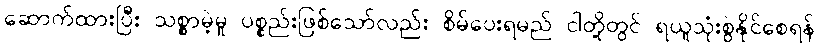
ဆောက်ထားပြီး သစ္စာမဲ့မှု ပစ္စည်းဖြစ်သော်လည်း စိမ်ပေးရမည် ငါတို့တွင် ရယူသုံးစွဲနိုင်စေရန်